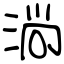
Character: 淌